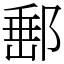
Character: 𨜚